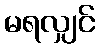
မရလျှင်